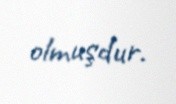
olmuşdur.